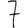
Digit: 7